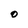
Character: O